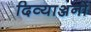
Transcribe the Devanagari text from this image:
दिव्याञ्जनों